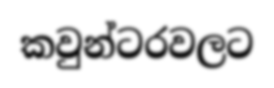
කවුන්ටරවලට